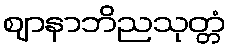
ဈာနာဘိညသုတ္တံ